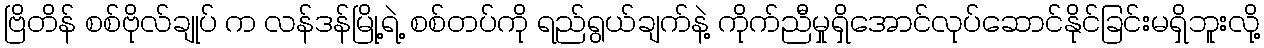
ဗြိတိန် စစ်ဗိုလ်ချုပ် က လန်ဒန်မြို့ရဲ့ စစ်တပ်ကို ရည်ရွယ်ချက်နဲ့ ကိုက်ညီမှုရှိအောင်လုပ်ဆောင်နိုင်ခြင်းမရှိဘူးလို့